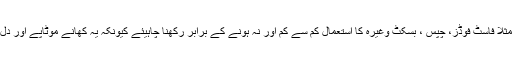
اپنے کھانوں میں تلی ہوئی مرغن غذائوں مثلاََ فاسٹ فوڈز، چپس ، بسکٹ وغیرہ کا استعمال کم سے کم اور نہ ہونے کے برابر رکھنا چاہیئے کیونکہ یہ کھانے موٹاپے اور دل کی بیماریوں کی طرف مائل کرتے ہیں ۔